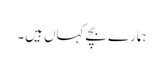
ہمارے بچے کہاں ہیں۔